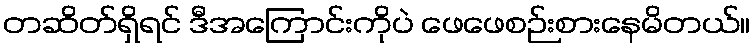
တဆိတ်ရှိရင် ဒီအကြောင်းကိုပဲ ဖေဖေစဉ်းစားနေမိတယ်။